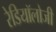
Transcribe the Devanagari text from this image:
रेडियॉलोजी